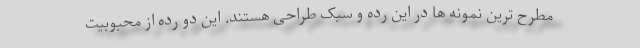
مطرح ترین نمونه ها در این رده و سبک طراحی هستند. این دو رده از محبوبیت